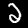
Label: 2